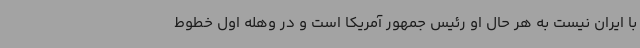
با ایران نیست به هر حال او رئیس جمهور آمریکا است و در وهله اول خطوط